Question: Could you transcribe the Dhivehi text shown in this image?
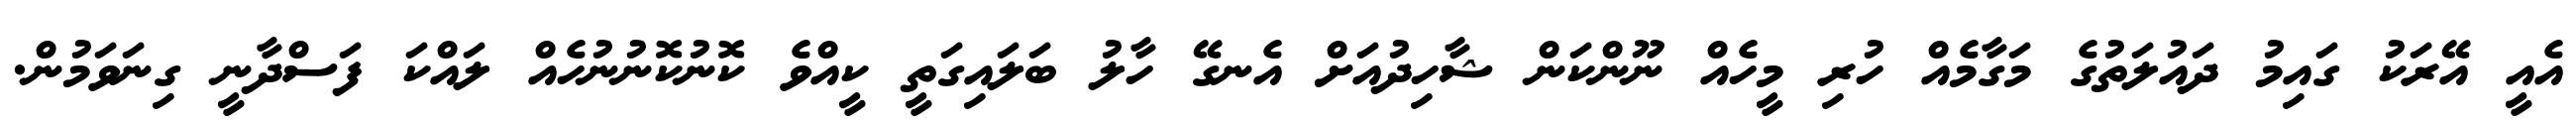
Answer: އެއީ އޭރަކު ގައިމު ދައުލަތުގެ މަގާމެއް ހުރި މީހެއް ނޫންކަން ޝާހިދުއަށް އެނގޭ ހާލު ބަލައިގަތީ ކީއްވެ ކޮނުކޮނުނުހެއް ލައްކަ ފަސްދާނީ ގިނަވަމުން.